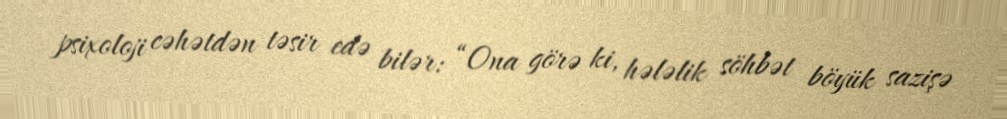
psixoloji cəhətdən təsir edə bilər: “Ona görə ki, hələlik söhbət böyük sazişə